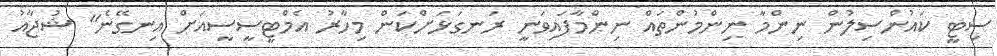
ސިޓީ ކައުންސިލުން ނިންމާ ނިންމުންތައް ނިންމާފައިވަނީ ރަނގަޅަށްކަން މިހާރު އެމްޓީސީސީއަށް އިނގޭނެ" ޝުޖާއު